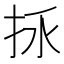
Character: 𢫢